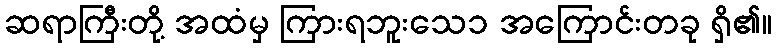
ဆရာကြီးတို့ အထံမှ ကြားရဘူးသေ၁ အကြောင်းတခု ရှိ၏။